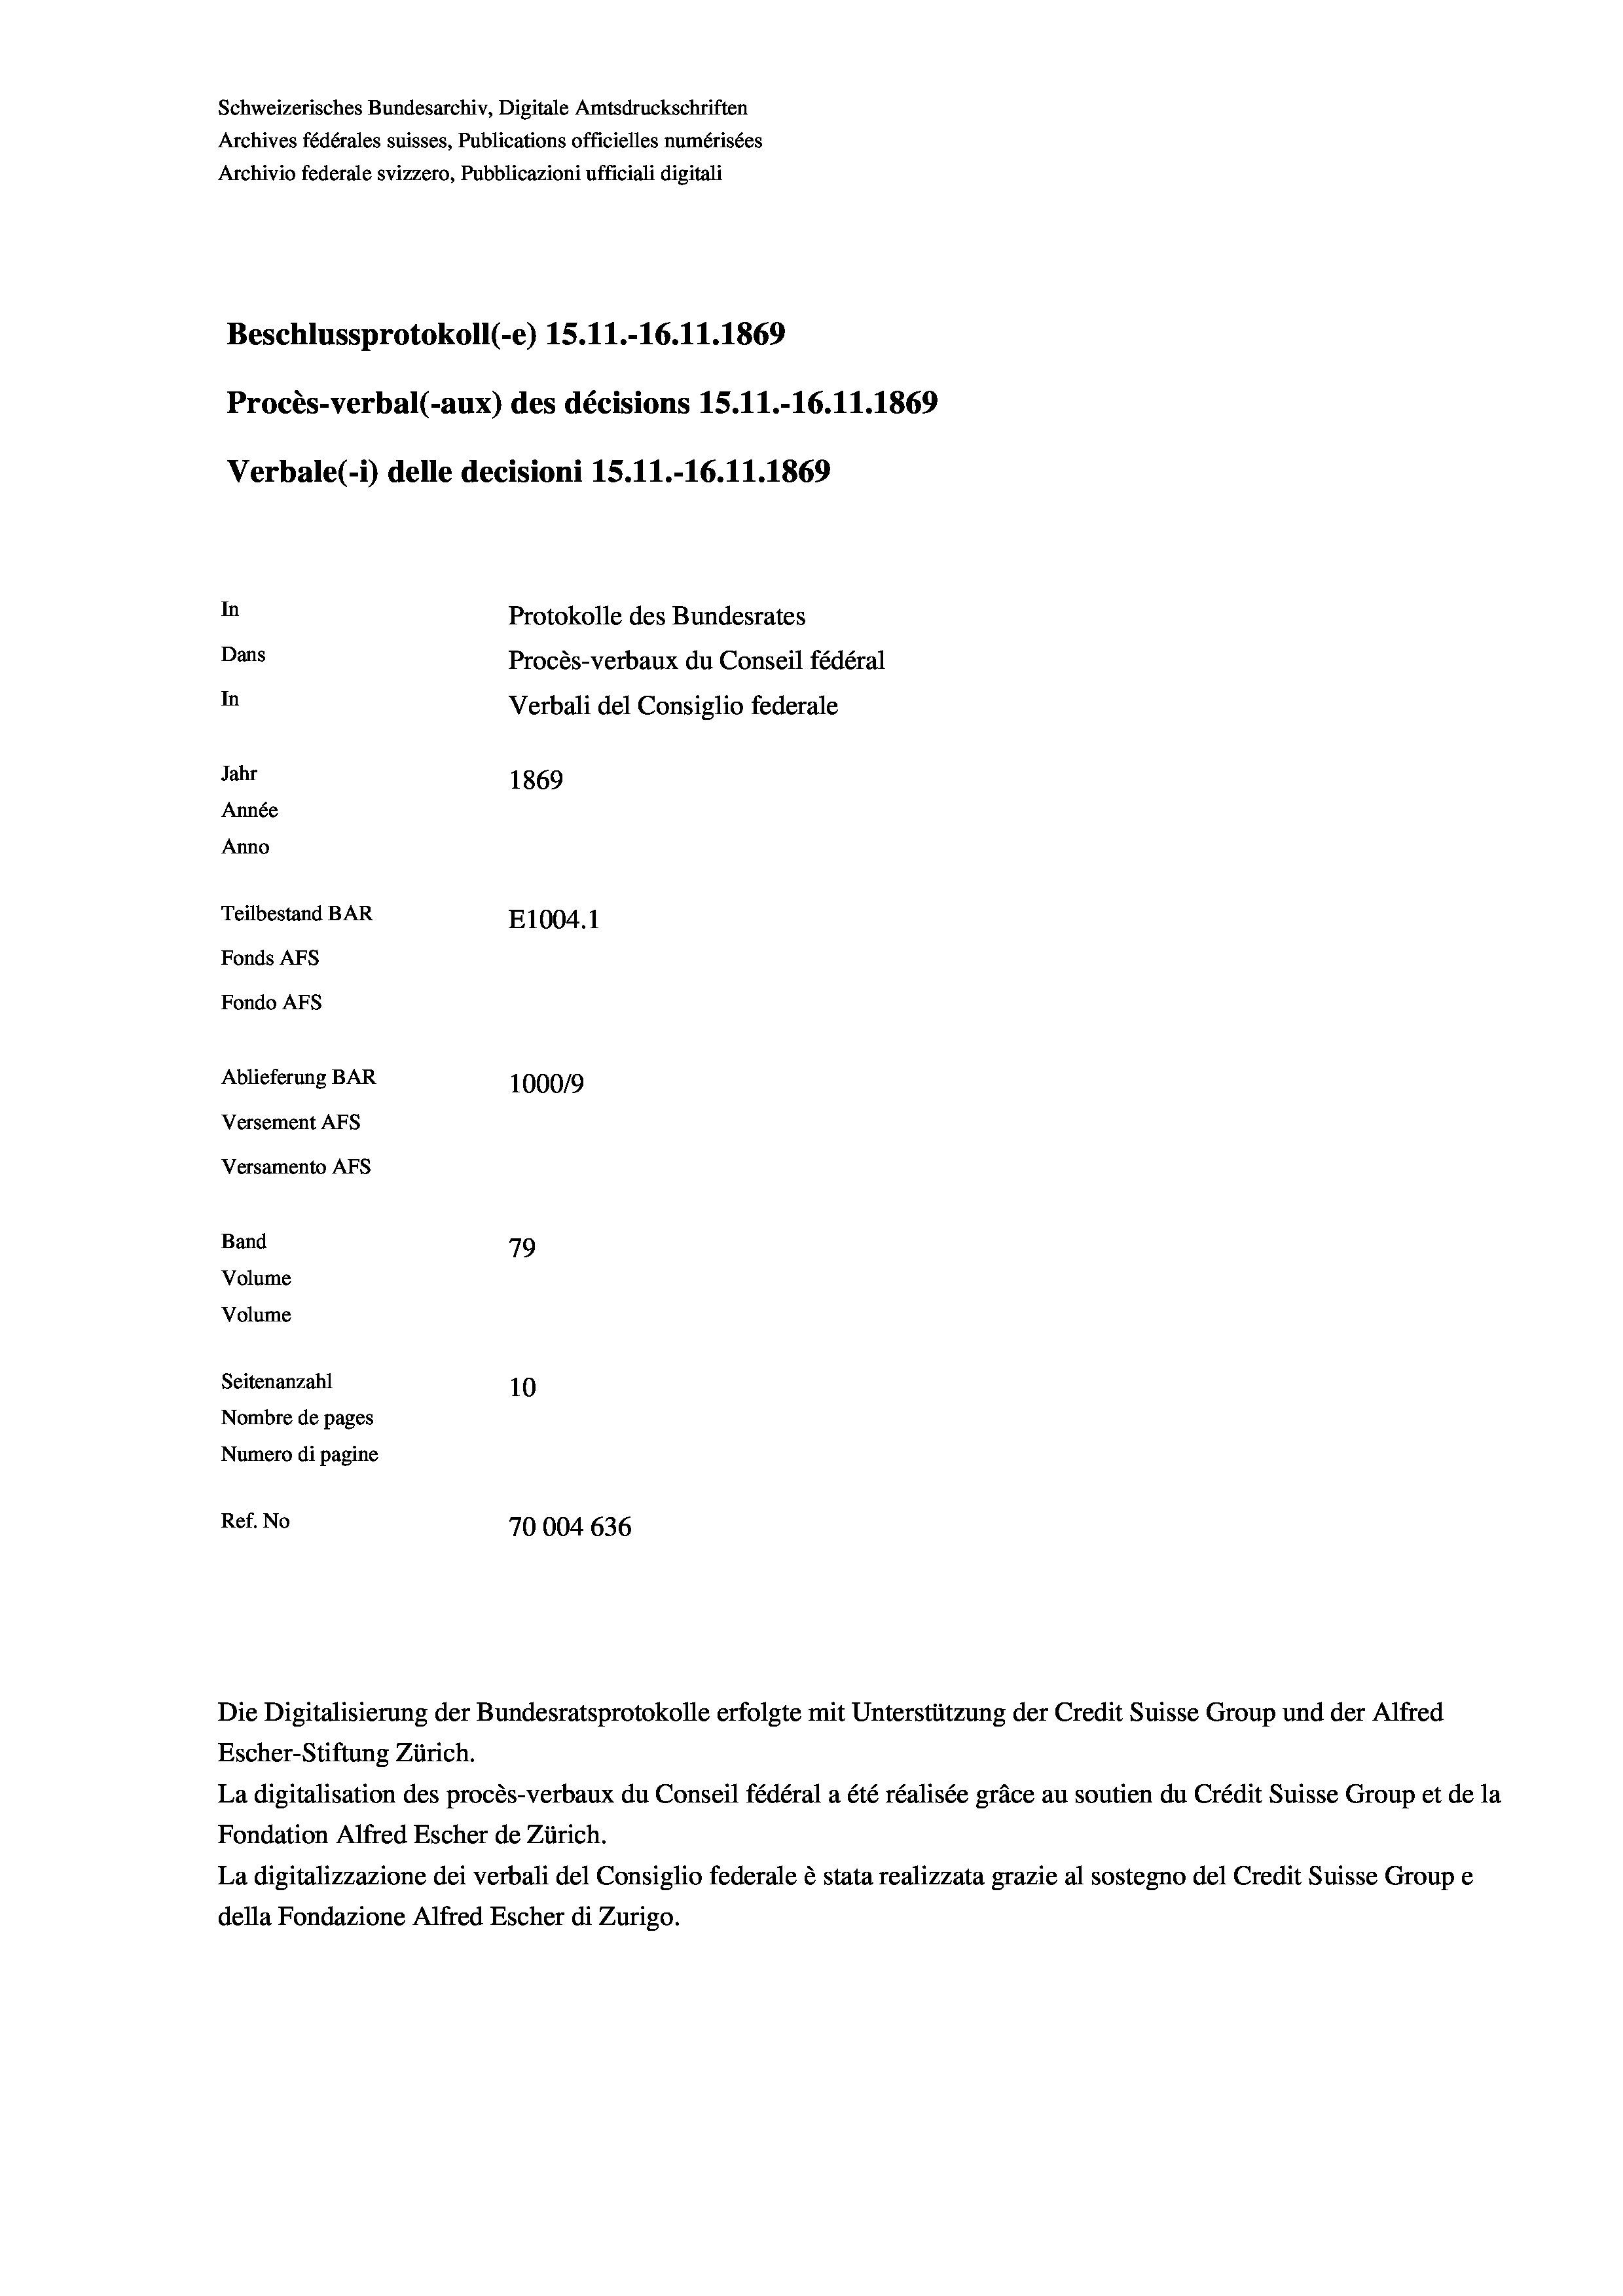
Schweizerisches Bundesarchiv, Digitale Amtsdruckschriften
Archives fédérales suisses, Publications officielles numérisées
Archivio federale svizzero, Pubblicazioni ufficiali digitali
Beschlussprotokoll (-e) 15.11.-16.11.1869
Procès-verbal (-aux) des décisions 15.11.-16.11.1869
Verbale(-*) delle decisioni 15.11.-16.11.1869
In
Protokolle des Bundesrates
Dans
Procès-verbaux du Conseil fédéral
In
Verbali del Consiglio federale
Jahr
1869
Année
Anno
Teilbestand BAR
E1004. 1
Fonds AFs
Fondo AFs
Ablieferung BAR
100019
Versement AFs
Versamento Afs
Band
79
Volume
Volume

Seitenanzahl

Nombre de pages
Numero di pagine
Ref. No

Escher-Stiftung Zürich.
La digitalisation des procès-verbaux du Conseil fédéral a été réalisée gräce au soutien du Crédit Suisse Group et de la
Fondation Alfred Escher de Zürich.
La digitalizzazione dei verbali del Consiglio federale è stata realizzata grazie al sostegno del Credit Suisse Groupe
della Fondazione Alfred Escher di Zurigo.

10
70004636

Die Digitalisierung der Bundesratsprotokolle erfolgte mit Unterstützung der Credit Suisse Group und der Alfred